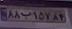
۸۸ب۱۵۷۸۴